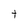
Character: t